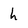
Character: h